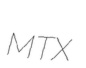
MTX